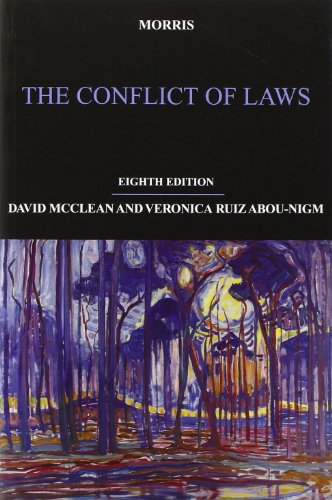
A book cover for Morris: The Conflict of Laws; Law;